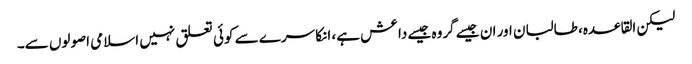
لیکن القاعدہ، طالبان اور ان جیسے گروہ جیسے داعش ہے، انکا سرے سے کوئی تعلق نہیں اسلامی اصولوں سے۔